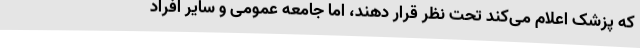
که پزشک اعلام می‌کند تحت نظر قرار دهند، اما جامعه عمومی و سایر افراد